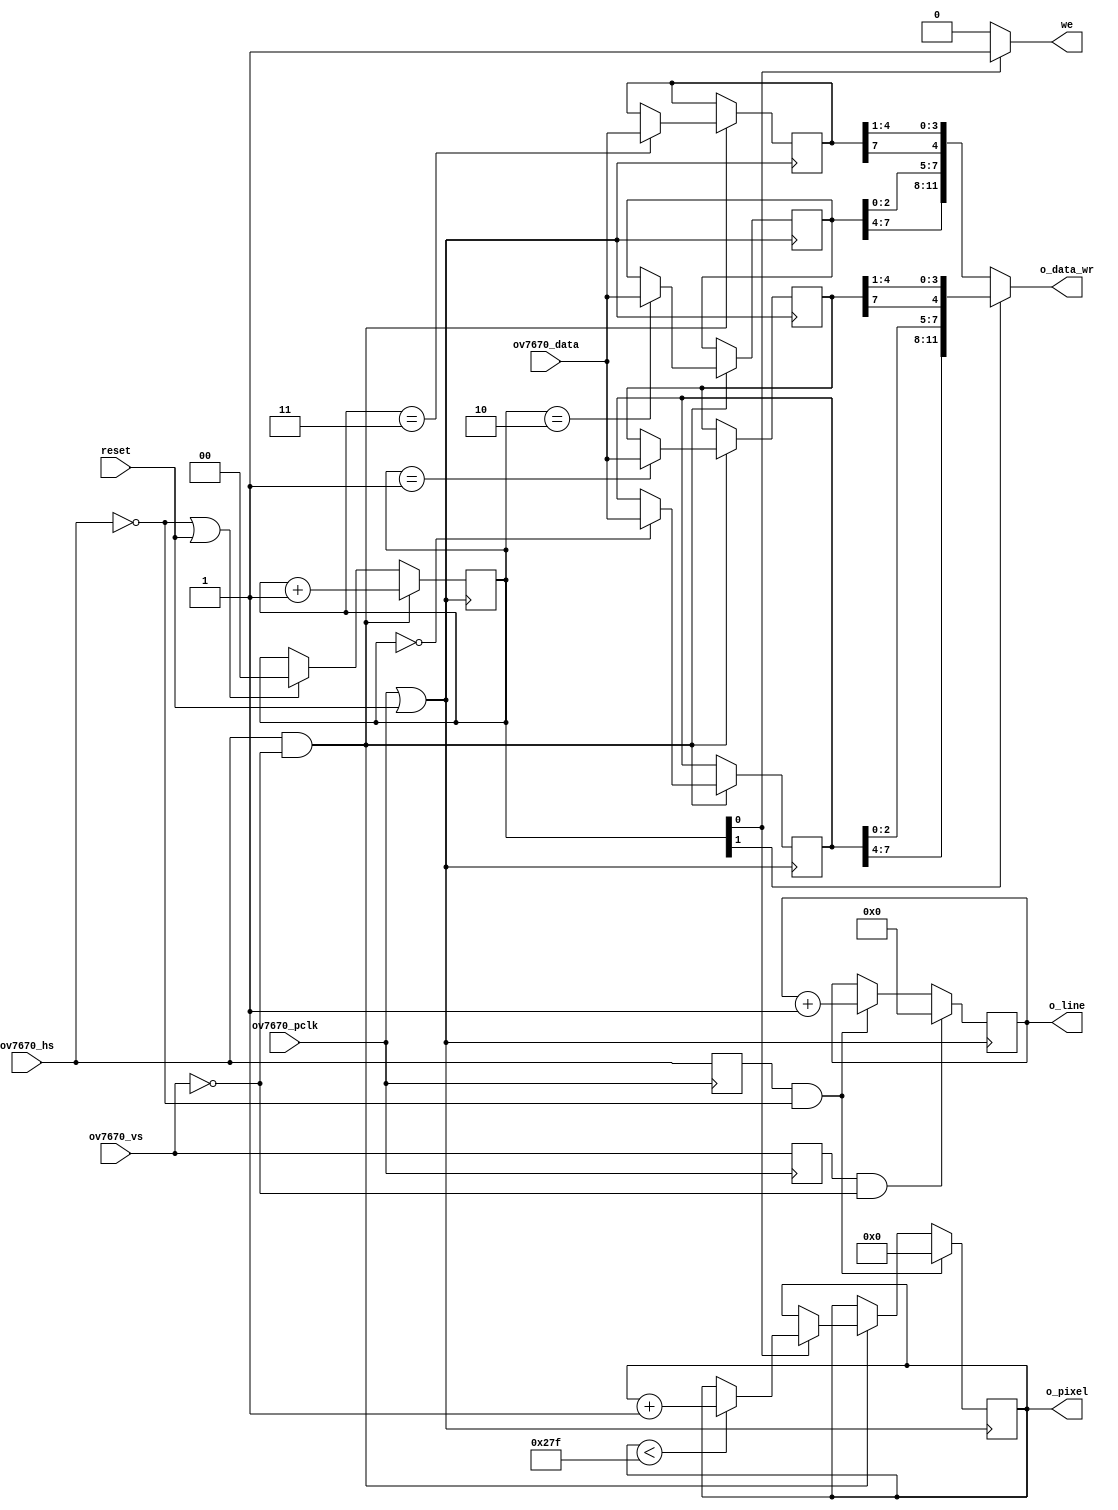
module ov7670_capture #(
    parameter   CAM_DATA_WIDTH = 12,
                CAM_LINE = 9,
                CAM_PIXEL = 10
)(
        output                          we,
        output [CAM_DATA_WIDTH-1:0]     o_data_wr,
        output [CAM_LINE-1:0]           o_line,
        output [CAM_PIXEL-1:0]          o_pixel,
        input           reset,
        input           ov7670_pclk,
        input           ov7670_vs,
        input           ov7670_hs,
        input  [7:0]    ov7670_data  
        );

//-----------internal regiters and wires-----------------

reg [1:0] pixel_counter = 'h0;
/* //   YUV grayscale mode
reg [7:0] u;        // U=B-Y
reg [7:0] v;        // V=R-Y
reg [7:0] y0;       // Y=0.59G + 0.31R + 0.11B
reg [7:0] y1;       // Y=0.59G + 0.31R + 0.11B
*/
    // Color mode RGB 565
reg [7:0] byte1 = 'h0;
reg [7:0] byte2 = 'h0;
reg [7:0] byte3 = 'h0;
reg [7:0] byte4 = 'h0;

reg [CAM_LINE-1:0]  line = 'h0;
reg [CAM_PIXEL-1:0] pixel = 'h0;
reg                 vsync_old_reg = 'h0;
reg                 hsync_old_reg = 'h0;


//-------------------------------------------------------
always@(posedge ov7670_pclk)begin
    vsync_old_reg <= ov7670_vs;
    hsync_old_reg <= ov7670_hs;
end

//-------------------------------------------------------

always@(posedge ov7670_pclk ||  reset)begin
    if (ov7670_hs== 0 || reset == 1) begin
      pixel_counter <= 0;
    end

    if (ov7670_hs == 1 && ov7670_vs== 0 ) begin

        case (pixel_counter)
      /*    // YUV grayscale mode
            2'b00: u    <= ov7670_data;
            2'b01: y0   <= ov7670_data;
            2'b10: v    <= ov7670_data;
            2'b11: y1   <= ov7670_data;
      */    // RGB color mode               
            2'b00: byte1   <= ov7670_data;
            2'b01: byte2   <= ov7670_data;
            2'b10: byte3   <= ov7670_data;
            2'b11: byte4   <= ov7670_data;  
        endcase

        if ( pixel_counter[0] == 1 ) begin
            if (pixel < 639 ) 
                pixel <= pixel +1;
        end
    
        pixel_counter <= pixel_counter + 1;
    end

    if(hsync_old_reg==1 && ov7670_hs==0) begin
            pixel <= 0;
            line <= line + 1;
    end

    if(vsync_old_reg==1 && ov7670_vs == 0) begin
        line <= 0;
    end
end

assign o_pixel  = pixel;//[9:1];
assign o_line   = line;//[8:1];
assign we = (pixel_counter[0]==1'b1) ? 1'b1 : 1'b0;
//assign we = (pixel_counter==2'b11) ? 1'b1 : 1'b0;

// -------------- grayscale image from YUV ------------------------
/*
assign o_data_wr =  {y0[7:4],
                     y0[7:4],
                     y0[7:4]
                     };
*/
//--------------- color RGB mode ---------------------------------

assign o_data_wr = pixel_counter[1]  ? 
                    { byte1[7:4],
                    { byte1[2:0],byte2[7] },
                      byte2[4:1]
                     }
                     :
                    { byte3[7:4],
                    { byte3[2:0],byte4[7] },
                      byte4[4:1]
                     };

endmodule